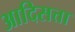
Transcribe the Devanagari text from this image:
आदिसत्ता